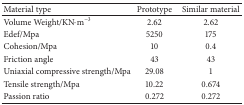
<table><thead><tr><td><b>Material type</b></td><td><b>Prototype</b></td><td><b>Similar material</b></td></tr></thead><tbody><tr><td>Volume Weight/KN·m<sup>−3</sup></td><td>2.62</td><td>2.62</td></tr><tr><td>Edef/Mpa</td><td>5250</td><td>175</td></tr><tr><td>Cohesion/Mpa</td><td>10</td><td>0.4</td></tr><tr><td>Friction angle</td><td>43</td><td>43</td></tr><tr><td>Uniaxial compressive strength/Mpa</td><td>29.08</td><td>1</td></tr><tr><td>Tensile strength/Mpa</td><td>10.22</td><td>0.674</td></tr><tr><td>Passion ratio</td><td>0.272</td><td>0.272</td></tr></tbody></table>